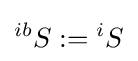
{}^{ib}S:={}^{i}S